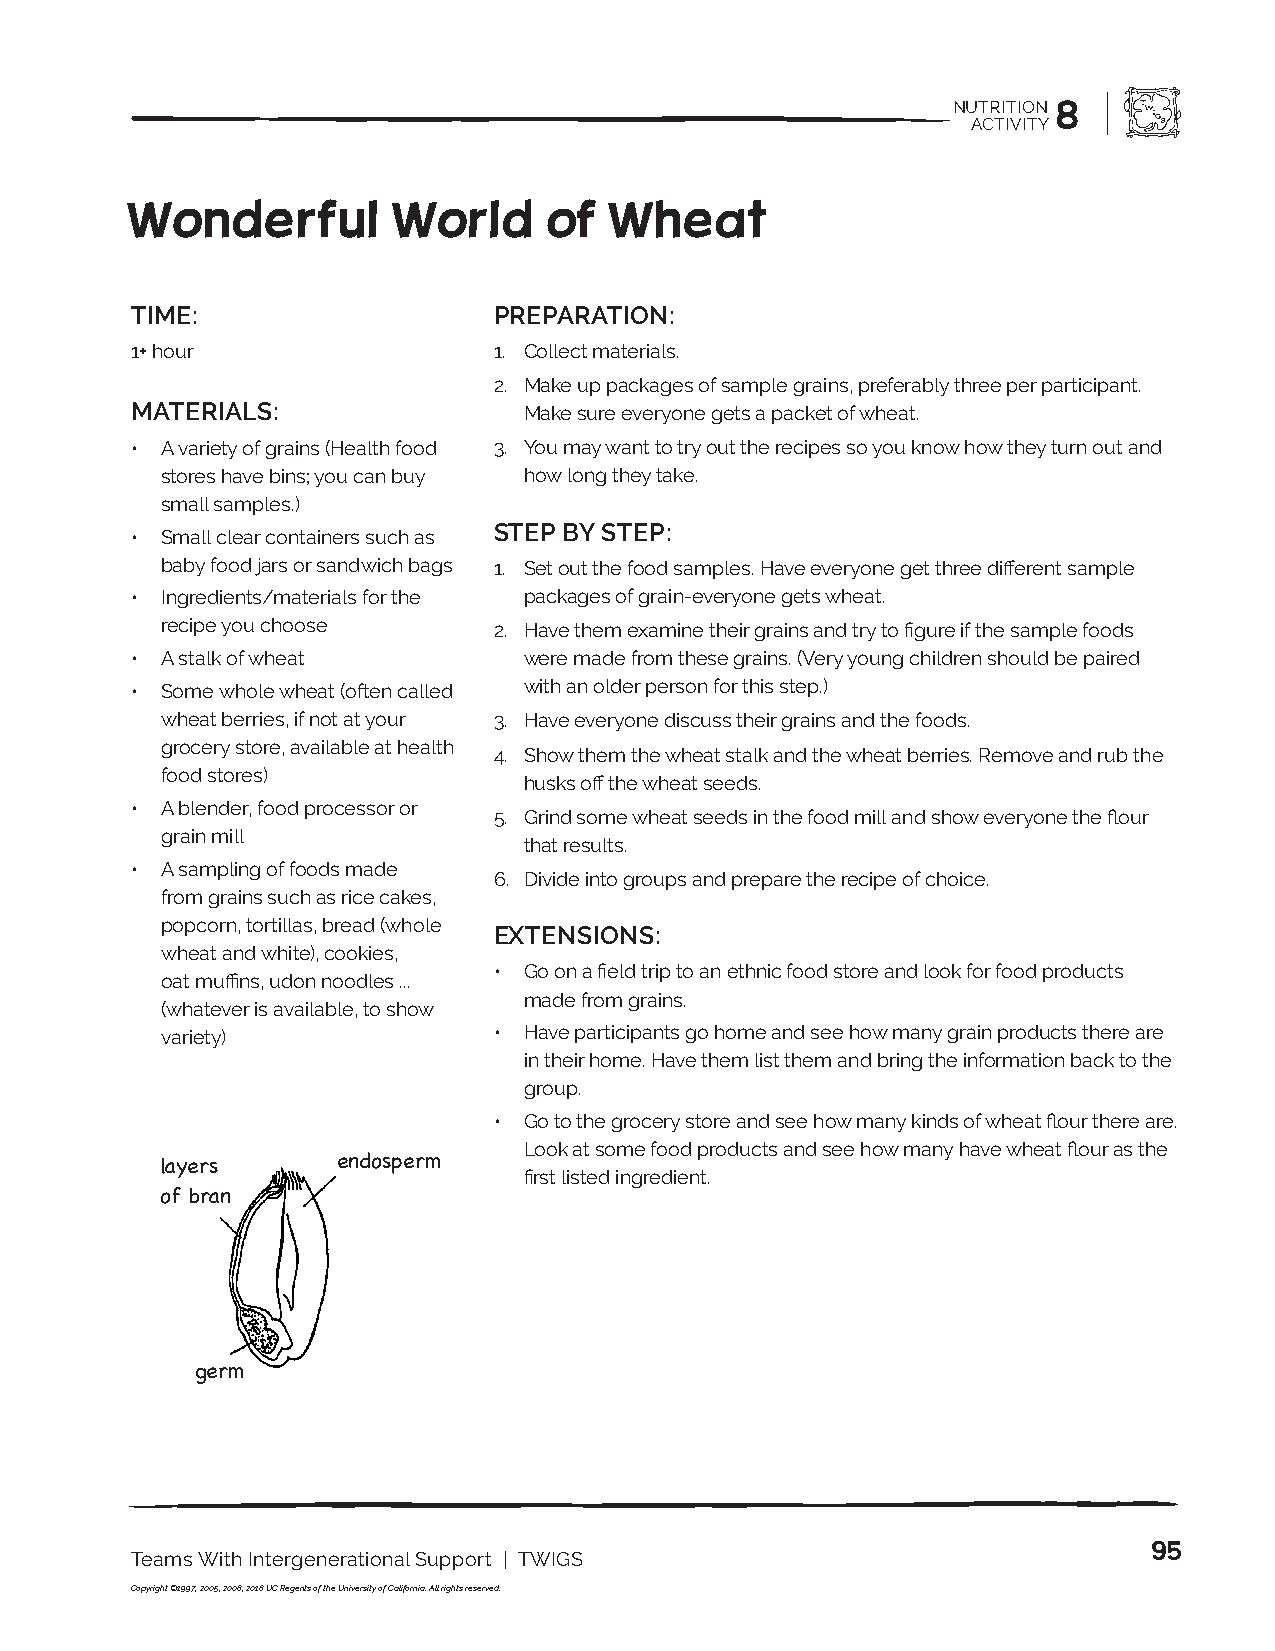
NUTRITION 8
 ACTIVITY
 Wonderful         World     of  Wheat
 TIME:                   PREPARATION:
 1+ hour                 1. Collect materials.
 2. Make up packages of sample grains, preferably three per participant.
 MATERIALS:                Make sure everyone gets a packet of wheat.
 • A variety of grains (Health food 3. You may want to try out the recipes so you know how they turn out and
 stores have bins; you can buy how long they take.
 small samples.)
 STEP BY STEP:
 • Small clear containers such as
 baby food jars or sandwich bags 1. Set out the food samples. Have everyone get three different sample
 • Ingredients/materials for the packages of grain-everyone gets wheat.
 recipe you choose     2. Have them examine their grains and try to figure if the sample foods
 • A stalk of wheat        were made from these grains. (Very young children should be paired
 • Some whole wheat (often called with an older person for this step.)
 wheat berries, if not at your 3. Have everyone discuss their grains and the foods.
 grocery store, available at health
 4. Show them the wheat stalk and the wheat berries. Remove and rub the
 food stores)
 husks off the wheat seeds.
 • A blender, food processor or
 5. Grind some wheat seeds in the food mill and show everyone the flour
 grain mill
 that results.
 • A sampling of foods made
 6. Divide into groups and prepare the recipe of choice.
 from grains such as rice cakes,
 popcorn, tortillas, bread (whole
 EXTENSIONS:
 wheat and white), cookies,
 • Go on a field trip to an ethnic food store and look for food products
 oat muffins, udon noodles ...
 made from grains.
 (whatever is available, to show
 variety)              • Have participants go home and see how many grain products there are
 in their home. Have them list them and bring the information back to the
 group.
 • Go to the grocery store and see how many kinds of wheat flour there are.
 Look at some food products and see how many have wheat flour as the
 layers     endosperm    first listed ingredient.
 of bran
 germ
 95
 Teams With Intergenerational Support | TWIGS
 Copyright ©1997, 2005, 2008, 2018 UC Regents of the University of California. All rights reserved.